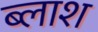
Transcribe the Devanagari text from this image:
ब्लाश